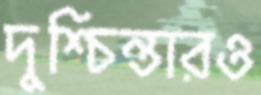
দুশ্চিন্তারও